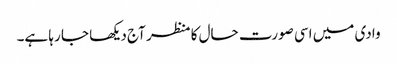
وادی میں اسی صورت حال کا منظر آج دیکھا جا رہا ہے۔